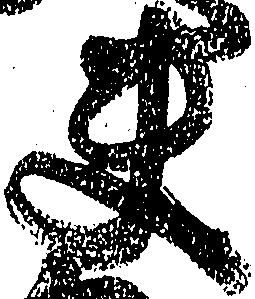
夫